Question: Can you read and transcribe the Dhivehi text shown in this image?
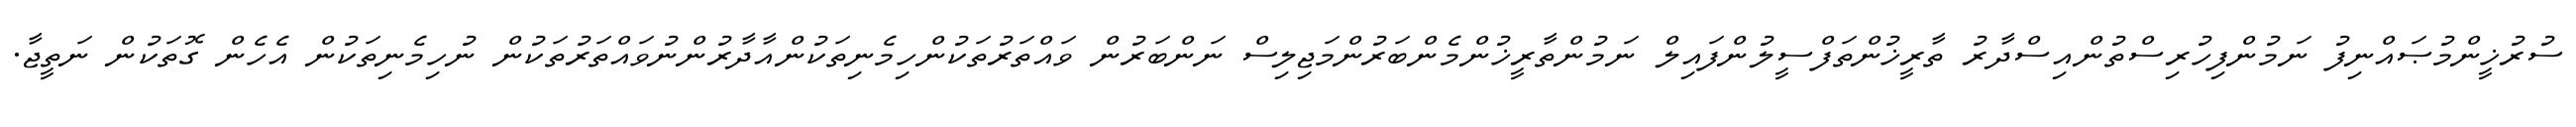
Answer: ސުރުޚީންމުޞައްނިފު ނަމުންފިހުރިސްތުންއިސްދާރު ތާރީޚުންތަފްސީލުންފައިލް ނަމުންތާރީޚުންމެންބަރުންމަޖިލިސް ނަންބަރުން ވައްތަރުތަކުންހިމެނިތަކުންއާދާރުންނުވައްތަރުތަކުން ނުހިމެނިތަކުން އެހެން ގޮތަކުން ނަތީޖާ.